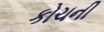
કોચની